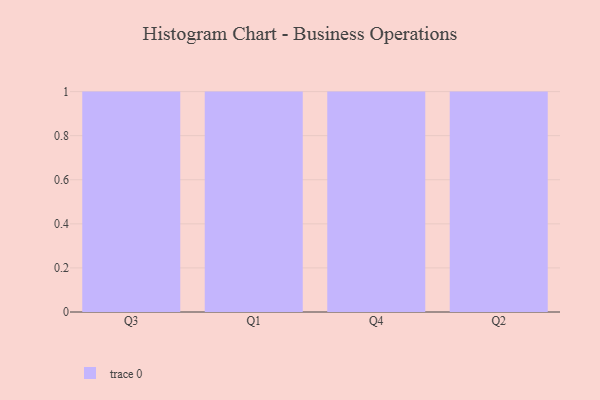
{"axis": {"x": "Quarter", "y": "Conversion Rate (%)"}, "legend": [""], "data": [{"x": "Q3", "y": 87, "type": ""}, {"x": "Q1", "y": 51, "type": ""}, {"x": "Q4", "y": 62, "type": ""}, {"x": "Q2", "y": 70, "type": ""}]}